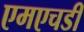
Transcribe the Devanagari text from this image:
एमएचडी